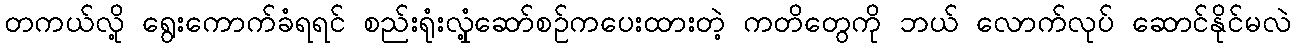
တကယ်လို့ ရွေးကောက်ခံရရင် စည်းရုံးလှုံ့ဆော်စဉ်ကပေးထားတဲ့ ကတိတွေကို ဘယ် လောက်လုပ် ဆောင်နိုင်မလဲ